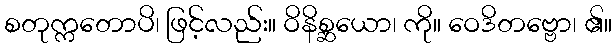
စတုက္ကတောပိ၊ ဖြင့်လည်း။ ဝိနိစ္ဆယော၊ ကို။ ဝေဒိတဗ္ဗော၊ ၏။